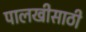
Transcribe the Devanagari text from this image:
पालखीसाठी